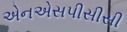
એનએસપીસીસી